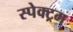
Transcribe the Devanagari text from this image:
स्पेक्‍ट्रम